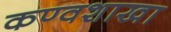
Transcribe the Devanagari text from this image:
कण्वशाखा